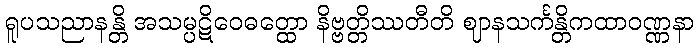
ရူပသညာနန္တိ အသမ္ပဋိဝေဓတ္ထော နိဗ္ဗတ္တိဿတီတိ ဈာနသင်္ကန္တိကထာဝဏ္ဏနာ